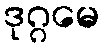
ဒုဂ္ဂမေ